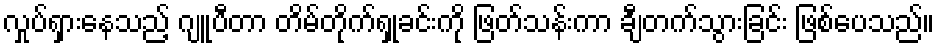
လှုပ်ရှားနေသည့် ဂျူပီတာ တိမ်တိုက်ရှုခင်းကို ဖြတ်သန်းကာ ချီတက်သွားခြင်း ဖြစ်ပေသည်။